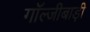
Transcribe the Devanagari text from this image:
गॉल्जीबाड़ी